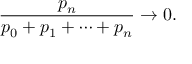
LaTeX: { \frac { p _ { n } } { p _ { 0 } + p _ { 1 } + \cdots + p _ { n } } } \rightarrow 0 .